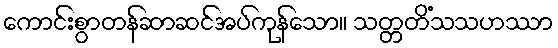
ကောင်းစွာတန်ဆာဆင်အပ်ကုန်သော။ သတ္တတိံသသဟဿာ